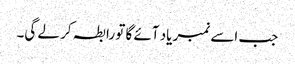
جب اسے نمبر یاد آئے گا تو رابطہ کر لے گی۔